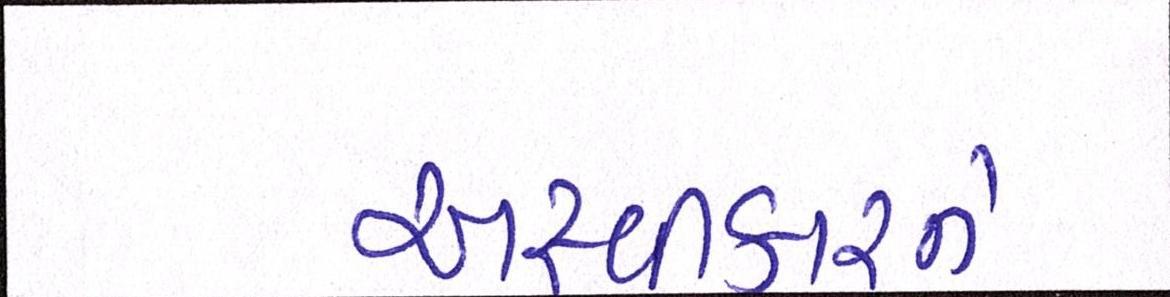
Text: અસ્વીકારને